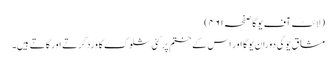
(لائٹ آف یوگا صفحہ ۴۶۱)
مشاق یوگی دوران یوگا اور اس کے ختم پر کئی شلوک کا ورد کرتے اور گاتے ہیں۔